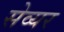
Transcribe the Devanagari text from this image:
सेव्यर